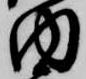
内